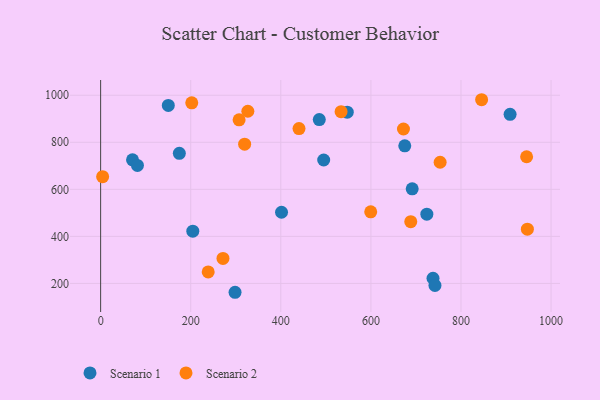
{"axis": {"x": "Price", "y": "Yield"}, "legend": ["Scenario 1", "Scenario 2"], "data": [{"x": "737.9", "y": 221.9, "type": "Scenario 1"}, {"x": "675.2", "y": 785.1, "type": "Scenario 1"}, {"x": "909.0", "y": 919.0, "type": "Scenario 1"}, {"x": "724.2", "y": 494.5, "type": "Scenario 1"}, {"x": "691.7", "y": 602.0, "type": "Scenario 1"}, {"x": "70.8", "y": 725.6, "type": "Scenario 1"}, {"x": "298.4", "y": 162.3, "type": "Scenario 1"}, {"x": "204.6", "y": 422.0, "type": "Scenario 1"}, {"x": "495.2", "y": 724.7, "type": "Scenario 1"}, {"x": "150.2", "y": 956.7, "type": "Scenario 1"}, {"x": "81.7", "y": 701.5, "type": "Scenario 1"}, {"x": "485.4", "y": 896.5, "type": "Scenario 1"}, {"x": "547.5", "y": 927.9, "type": "Scenario 1"}, {"x": "742.2", "y": 191.3, "type": "Scenario 1"}, {"x": "401.6", "y": 502.6, "type": "Scenario 1"}, {"x": "174.7", "y": 753.1, "type": "Scenario 1"}, {"x": "326.8", "y": 932.1, "type": "Scenario 2"}, {"x": "238.8", "y": 249.0, "type": "Scenario 2"}, {"x": "440.4", "y": 858.3, "type": "Scenario 2"}, {"x": "271.6", "y": 306.4, "type": "Scenario 2"}, {"x": "202.3", "y": 967.8, "type": "Scenario 2"}, {"x": "672.3", "y": 856.6, "type": "Scenario 2"}, {"x": "945.7", "y": 738.5, "type": "Scenario 2"}, {"x": "599.6", "y": 504.4, "type": "Scenario 2"}, {"x": "307.4", "y": 895.7, "type": "Scenario 2"}, {"x": "947.4", "y": 430.4, "type": "Scenario 2"}, {"x": "753.7", "y": 715.2, "type": "Scenario 2"}, {"x": "845.8", "y": 981.0, "type": "Scenario 2"}, {"x": "319.7", "y": 792.2, "type": "Scenario 2"}, {"x": "688.5", "y": 462.5, "type": "Scenario 2"}, {"x": "4.4", "y": 653.9, "type": "Scenario 2"}, {"x": "533.8", "y": 930.4, "type": "Scenario 2"}]}